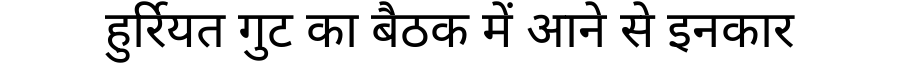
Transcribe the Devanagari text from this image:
हुर्रियत गुट का बैठक में आने से इनकार